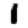
Digit: 1